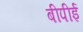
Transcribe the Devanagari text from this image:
बीपीई